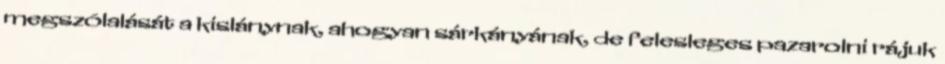
megszólalását a kislánynak, ahogyan sárkányának, de felesleges pazarolni rájuk